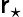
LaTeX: \mathsf{r}_{\star}